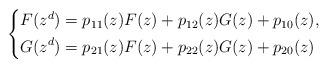
LaTeX: \begin{align*}\left\{\begin{aligned}F(z^d) & = p_{11}(z)F(z) + p_{12}(z)G(z) + p_{10}(z),\\G(z^d) & = p_{21}(z)F(z) + p_{22}(z)G(z) + p_{20}(z)\end{aligned}\right.\end{align*}